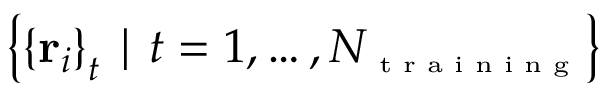
\left\{ \left\{ \mathbf { r } _ { i } \right\} _ { t } \mid t = 1 , \ldots , N _ { \textrm { \tiny t r a i n i n g } } \right\}